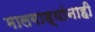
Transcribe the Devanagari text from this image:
मालगाड्यांनाही